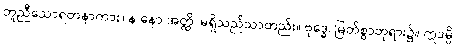
တူညီသောရတနာကား။ န နော အတ္ထိ၊ မရှိသည်သာတည်း။ ဗုဒ္ဓေ၊ မြတ်စွာဘုရား၌။ ဣဒမ္ပိ